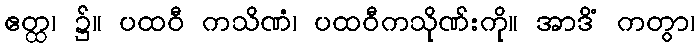
ဧတ္ထ၊ ၌။ ပထဝီ ကသိဏံ၊ ပထဝီကသိုဏ်းကို။ အာဒိံ ကတွာ၊